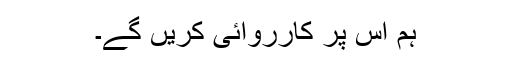
ہم اس پر کارروائی کریں گے۔